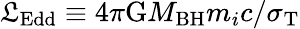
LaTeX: \mathfrak{L}_{\mathrm{{Edd}}}\equiv4\pi\mathrm{{G}}M_{\mathrm{{BH}}}m_{i}c/\sigma_{\mathrm{{T}}}